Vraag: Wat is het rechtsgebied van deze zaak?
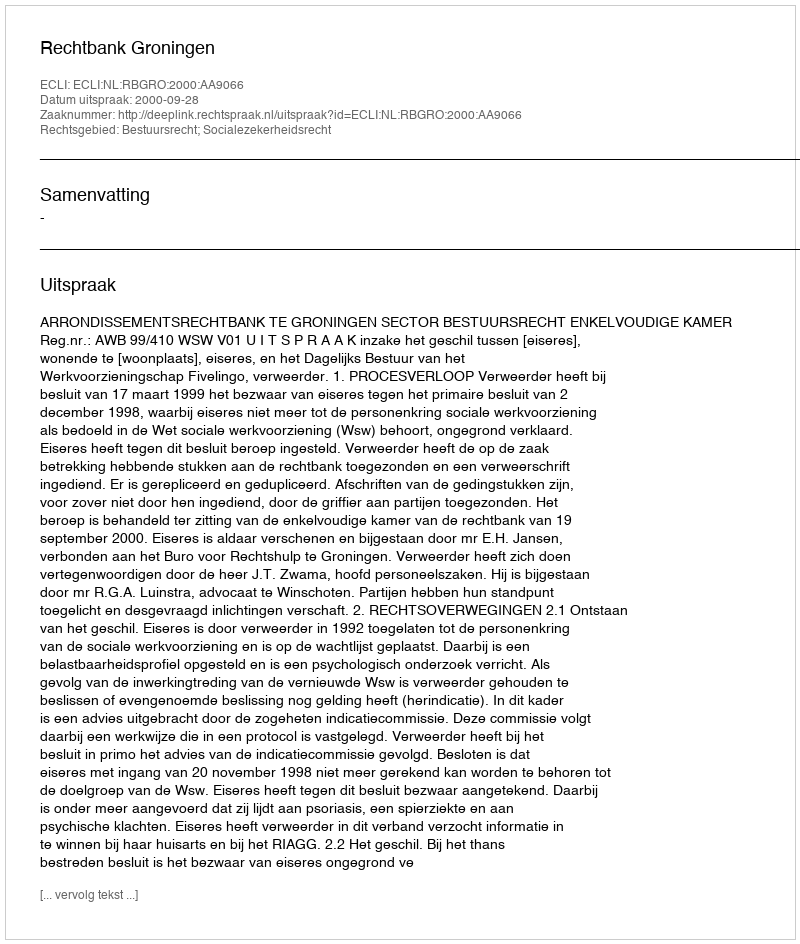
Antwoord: Bestuursrecht; Socialezekerheidsrecht